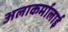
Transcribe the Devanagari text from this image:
अलाकर्मालाई